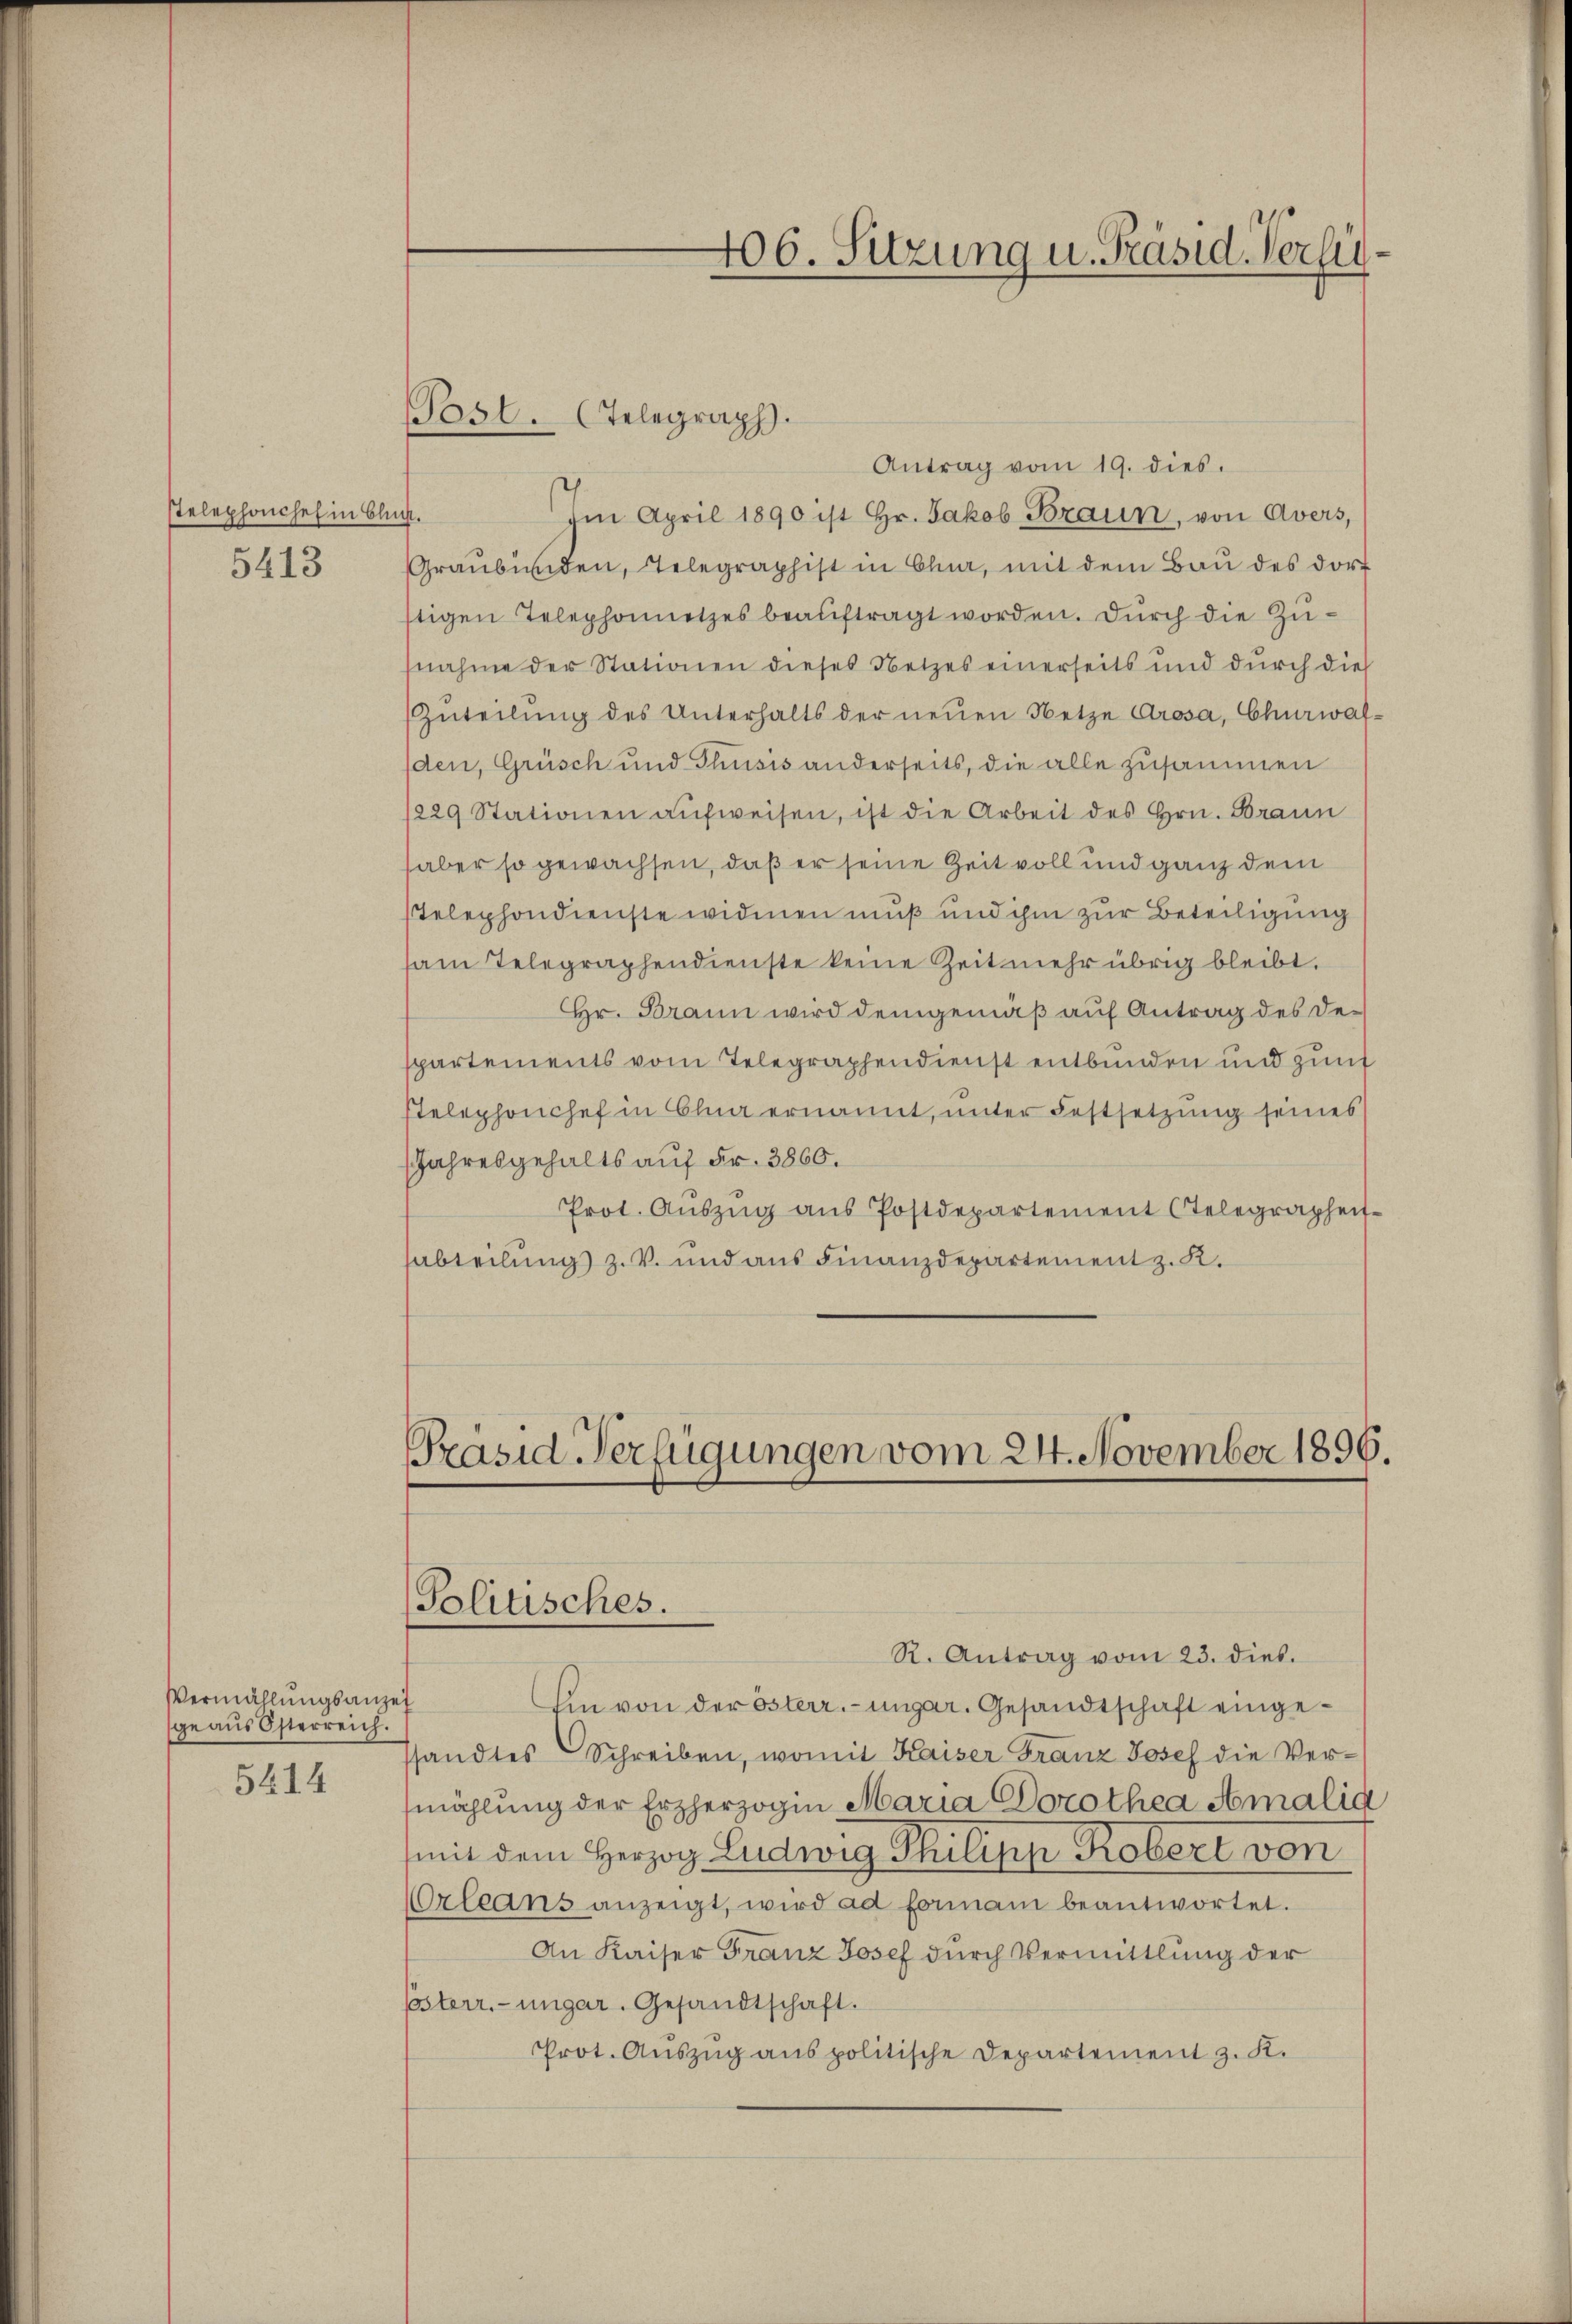
stelephonchef in Blick.
5413

Antrag vom 19. dies.
Im April 1890 ist Hr. Jakob Braun, von Avers,
Graubünden, Telegraphist in Ola, mit dem Baŭ des dorstigen Telephonnetzes beauftragt worden. Durch die Zufnahme der Stationen dieses Netzes einerseits und durch die
Zuteilŭng des Unterhalts der neŭen Netze Grosa, Churwaf-
den, Grüsch und Thusis anderseits, die alle zusammen
1229 Stationen aŭfweisen, ist die Arbeit des Hrn. Braun
haber so gewachsen, daß er seine Zeit voll und ganz dem
stelephondienste widmen muß und ihm zur Beteiligung
sam Telegraphendienste keine Zeit mehr übrig bleibt.
Hr. Brann wird demgemäß auf Antrag des De-
spartements vom Telegraphendienst entbunden und zunf
stelephonchef in Olna ernannt, unter Festsetzung seines
Jahresgehalts auf Fr. 3860.
Prot. Aŭszŭg aŭs Postdepartement telegrapheit
abteilung z. V. und aus Finanzdepartement z. K.

Vermählungsanzei
geaus Österreich.
5414

Post. Telegraph.

Ein von der österr. ungar. Gesandtschaft eingessandtes Schreiben, womit Kaiser Franz Josef die Vermählung der Erzherzogen Maria Dorothea Amalig
mit dem Herzog Ludwig Philipp Robert von
Orleans anzeigt, wird ad formani beantwortet.
An Kaiser Franz Josef durch Vermittlung der
pösterr.-ungar. Gesandtschaft.
Prot. Aŭszŭg anspolitische Departement z. K.

406. Sitzung u. Präsid. Verfü

Präsid Verfügungen vom 24. November 1896.
Politisches
R. Antrag vom 23. dies.